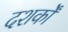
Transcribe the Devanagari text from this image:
दशर्कों